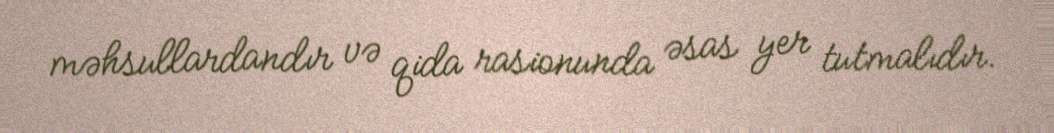
məhsullardandır və qida rasionunda əsas yer tutmalıdır.